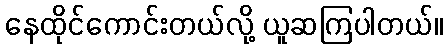
နေထိုင်ကောင်းတယ်လို့ ယူဆကြပါတယ်။